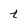
Character: t